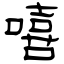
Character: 嘻